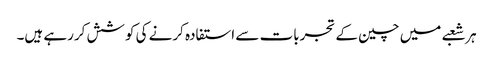
ہر شعبے میں چین کے تجربات سے استفادہ کرنے کی کوشش کررہے ہیں۔